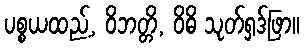
ပစ္စယထည့်, ဝိဘတ္တိ, ဝိဓိ သုတ်ရှဒ်ဖြာ။